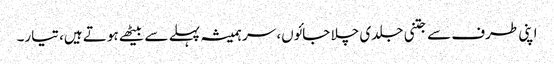
اپنی طرف سے جتنی جلدی چلا جائوں، سر ہمیشہ پہلے سے بیٹھے ہوتے ہیں، تیار۔